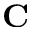
\mathbf { C }